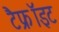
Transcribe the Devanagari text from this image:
टैफ्रॉइट